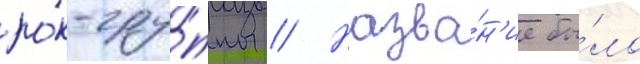
ро́к-гру́ппы // Назва́н'ие бы́ло